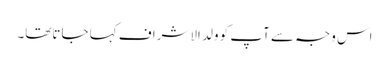
اس وجہ سے آپ کو ولد الاشراف کہا جاتاتھا۔